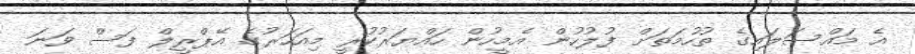
އެ މައްސަލައިގެ ތުހުމަތަށް ފުލުހުން އެމީހުން ހައްޔަރުކުރީ މިއަހަރުގެ އޭޕްރީލް ފަސް ވަނަ